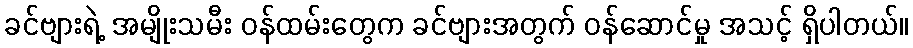
ခင်ဗျားရဲ့ အမျိုးသမီး ဝန်ထမ်းတွေက ခင်ဗျားအတွက် ဝန်ဆောင်မှု အသင့် ရှိပါတယ်။